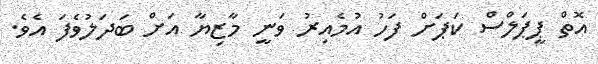
އޮތް ޕީޕަލްސް ކަޕަށް ފަހު އުމެއިރު ވަނީ މާޒިޔާ އަށް ބަދަލުވެފަ އެވެ.